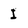
Character: I